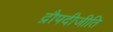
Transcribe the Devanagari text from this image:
द्रौपदीजीति